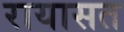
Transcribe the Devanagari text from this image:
रायासत